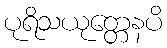
ပုရိသယုတ္တေနပိ